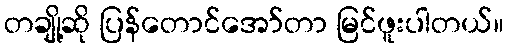
တချို့ဆို ပြန်တောင်အော်တာ မြင်ဖူးပါတယ်။